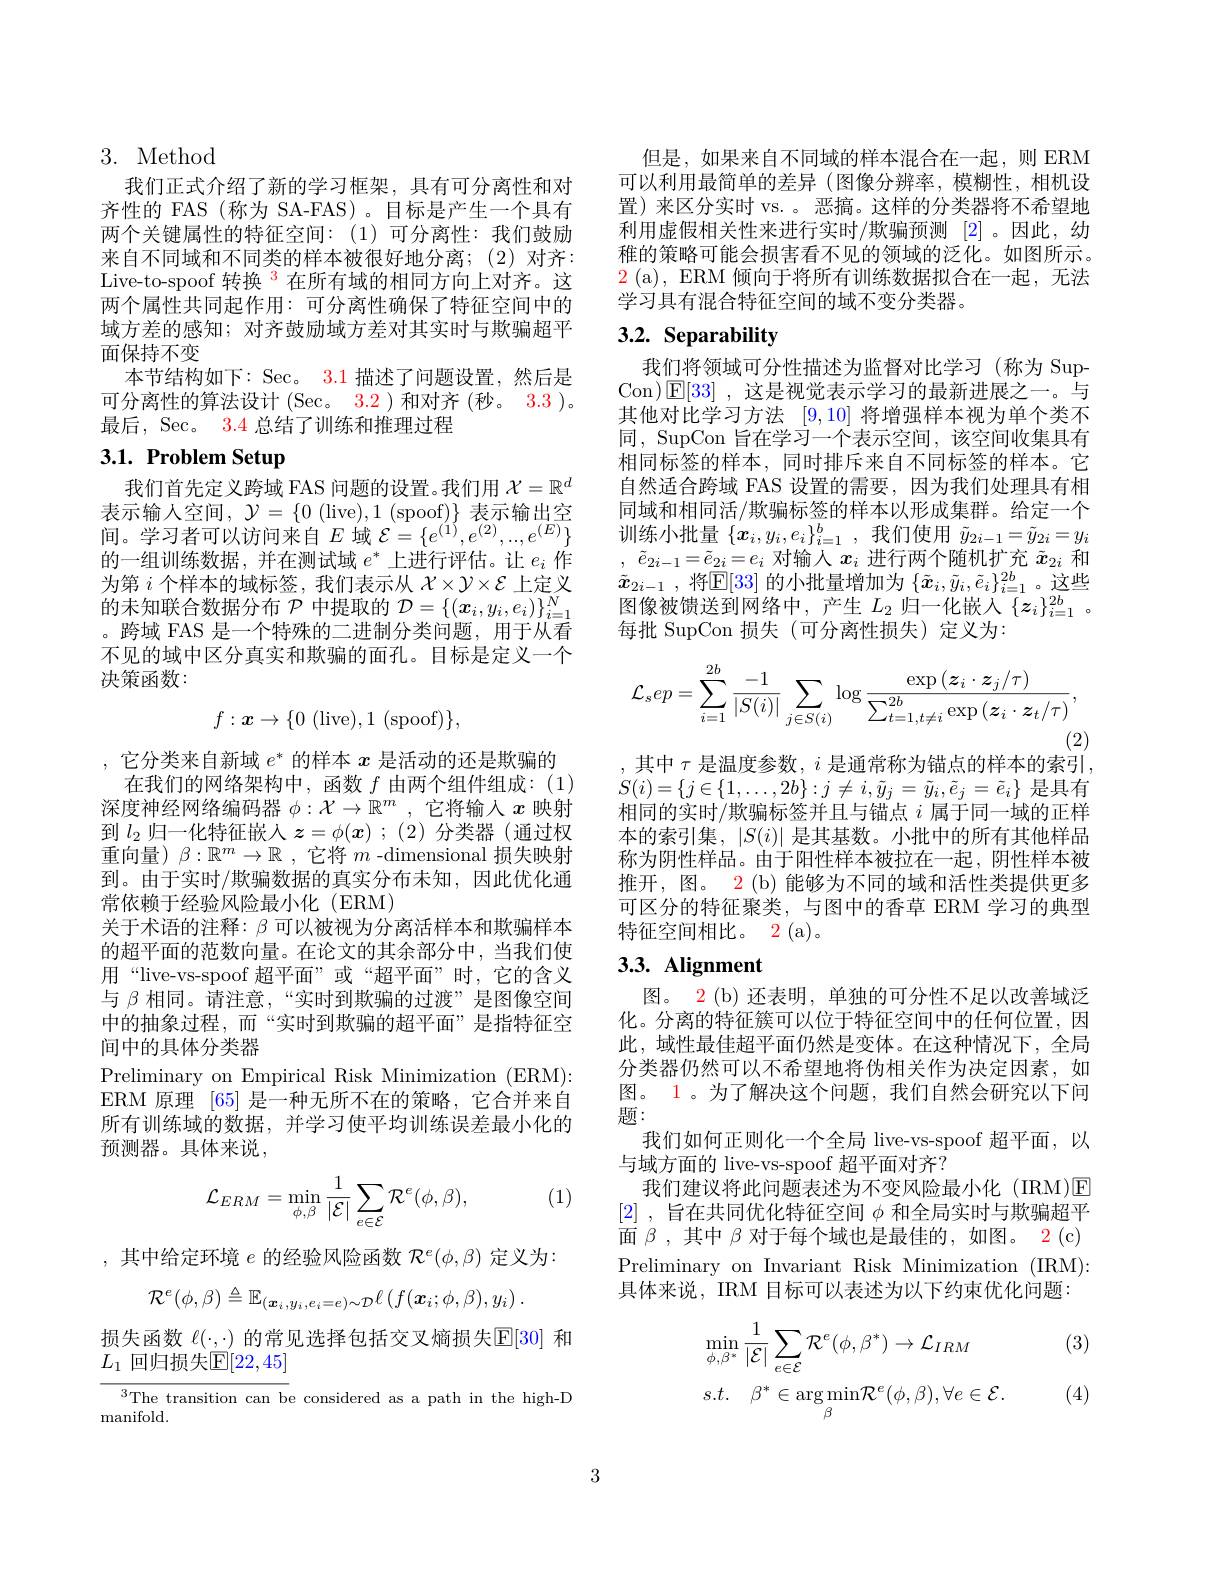
## 3. Method

我们正式介绍了新的学习框架，具有可分离性和对齐性的 FAS (称为 SA-FAS)。目标是产生一个具有两个关键属性的特征空间：(1)可分离性：我们鼓励来自不同域和不同类的样本被很好地分离；(2)对齐： Live-to-spoof 转换$^{3}$在所有域的相同方向上对齐。这两个属性共同起作用：可分离性确保了特征空间中的域方差的感知；对齐鼓励域方差对其实时与欺骗超平面保持不变
本节结构如下：Sec。3.1 描述了问题设置，然后是可分离性的算法设计 (Sec。3.2 ) 和对齐 (秒。3.3 )。最后，$\sec$。3.4总结了训练和推理过程

# 3.1. Problem Setup

我们首先定义跨域 FAS 问题的设置。我们用$\mathcal{X}=\mathbb{R}^d$ 表示输人空间，$\mathcal{Y}=\{0$ (live),1 (spoof)$\}$表示输出空间。学习者可以访问来自$E$域$\mathcal{E}=\{e^(1),e^{(2)},...,e^{(E)}\}$ 的一组训练数据，并在测试域$e^*$上进行评估。让$e_i$作为第$i$个样本的域标签，我们表示从$\mathcal{X}\times\mathcal{Y}\times\mathcal{E}$上定义的末知联合数据分布$\mathcal{P}$中提取的$\mathcal{D}=\{(\boldsymbol x_i,y_i,e_i)\}_{i=1}^N$ 。跨域 FAS 是一个特殊的二进制分类问题，用于从看不见的域中区分真实和欺骗的面孔。目标是定义一个决策函数：
$$f:\boldsymbol{x}\to\{0\:(\mathrm{live}),1\:(\mathrm{spoof})\},$$
,它分类来自新域$e^*$的样本$x$是活动的还是欺骗的
在我们的网络架构中，函数$f$由两个组件组成：(1) 深度神经网络编码器$\phi:\mathcal{X}\to\mathbb{R}^m$ ,它将输入$x$映射到$l_2$归一化特征嵌人 $z=\phi(\boldsymbol{x});(2)$ 分类器(通过权重向量) $\beta:\mathbb{R}^m\to\mathbb{R}$ ,它将$m$ -dimensional 损失映射到。由于实时/欺骗数据的真实分布未知，因此优化通常依赖于经验风险最小化(ERM)
关于术语的注释：$\beta$可以被视为分离活样本和欺骗样本的超平面的范数向量。在论文的其余部分中，当我们使用“live-vs-spoof 超平面”或“超平面”时，它的含义与$\beta$相同。请注意，“实时到欺骗的过渡”是图像空间中的抽象过程，而“实时到欺骗的超平面”是指特征空间中的具体分类器
Preliminary on Empirical Risk Minimization (ERM): ERM 原理 [65] 是一种无所不在的策略，它合并来自所有训练域的数据，并学习使平均训练误差最小化的预测器。具体来说，

(1)
$$\mathcal{L}_{ERM}=\min_{\phi,\beta}\frac{1}{|\mathcal{E}|}\sum_{e\in\mathcal{E}}\mathcal{R}^{e}(\phi,\beta),$$
,其中给定环境$e$的经验风险函数$\mathcal{R}^e(\phi,\beta)$定义为：
$$\mathcal{R}^{e}(\phi,\beta)\triangleq\mathbb{E}_{(\boldsymbol{x}_{i},y_{i},e_{i}=e)\sim\mathcal{D}}\ell\left(f(\boldsymbol{x}_{i};\phi,\beta),y_{i}\right).$$
损失函数$\ell(\cdot,\cdot)$的常见选择包括交叉熵损失$\mathbb{E}[30]$和
$L_1$ 回归损失$\mathbb{E}[22,45]$

${^3\text{The transition can b}}$e considered as a path in the high-D
manifold.

但是，如果来自不同域的样本混合在一起，则 ERM 可以利用最简单的差异 (图像分辨率，模糊性，相机设置)来区分实时 vs. 。恶搞。这样的分类器将不希望地利用虚假相关性来进行实时/欺骗预测[2] 。因此，幼稚的策略可能会损害看不见的领域的泛化。如图所示。$\color{red}2$ (a), ERM 倾向于将所有训练数据拟合在一起，无法学习具有混合特征空间的域不变分类器。

# 3.2. Separability

我们将领域可分性描述为监督对比学习(称为 SupCon)$\operatorname{E}[33]~,~$这是视觉表示学习的最新进展之一。与其他对比学习方法[9,10]将增强样本视为单个类不同，SupCon 旨在学习一个表示空间，该空间收集具有相同标签的样本，同时排斥来自不同标签的样本。它自然适合跨域 FAS 设置的需要，因为我们处理具有相同域和相同活/欺骗标签的样本以形成集群。给定一个训练小批量$\{\boldsymbol x_i,y_i,e_i\}_{i=1}^b$,我们使用$\tilde{y}_{2i-1}=\tilde{y}_{2i}=y_i$ , $\tilde{e} _{2i- 1}= \tilde{e} _{2i}= e_i$对输入$x_i$进行两个随机扩充$\tilde{x}_{2i}$和$\tilde{x} _{2i- 1}$ ,将$\mathbb{E}[33]$的小批量增加为$\{\tilde{x}_i,\tilde{y}_i,\tilde{e}_i\}_{i=1}^{2b}$。这些图像被馈送到网络中，产生$L_2$归一化嵌人$\{z_i\}_i=1^{2b}$ 。每批 SupCon 损失(可分离性损失)定义为：
$$\mathcal{L}_{s}ep=\sum_{i=1}^{2b}\frac{-1}{|S(i)|}\sum_{j\in S(i)}\log\frac{\exp\left(\boldsymbol{z}_{i}\cdot\boldsymbol{z}_{j}/\tau\right)}{\sum_{t=1,t\neq i}^{2b}\exp\left(\boldsymbol{z}_{i}\cdot\boldsymbol{z}_{t}/\tau\right)},$$
(2)
, 其中 $\tau$ 是温度参数$,i$ 是通常称为锚点的样本的索引，

$S(i)=\{j\in\{1,\ldots,2b\}:j\neq i,\tilde{y}_j=\tilde{y}_i,\tilde{e}_j=\tilde{e}_i\}$是具有相同的实时/欺骗标签并且与锚点 $i$ 属于同一域的正样本的索引集，$|S(i)|$是其基数。小批中的所有其他样品称为阴性样品。由于阳性样本被拉在一起，阴性样本被推开，图。2 (b) 能够为不同的域和活性类提供更多可区分的特征聚类，与图中的香草 ERM 学习的典型特征空间相比。2(a)。

# 3.3. Alignment

图。2 (b) 还表明，单独的可分性不足以改善域泛化。分离的特征簇可以位于特征空间中的任何位置，因此，域性最佳超平面仍然是变体。在这种情况下，全局分类器仍然可以不希望地将伪相关作为决定因素，如图。1。为了解决这个问题，我们自然会研究以下间题：
我们如何正则化一个全局 live-vs-spoof 超平面，以
与域方面的 live-vs-spoof 超平面对齐？
我们建议将此问题表述为不变风险最小化 (IRM)E [2] ,旨在共同优化特征空间$\phi$和全局实时与欺骗超平面$\beta$,其中$\beta$对于每个域也是最佳的，如图。$\color{red}{2}(\mathfrak{c})$ Preliminary on Invariant Risk Minimization (IRM): 具体来说，IRM 目标可以表述为以下约束优化问题：

(3)
$$\begin{aligned}&\operatorname*{min}_{\phi,\beta^{*}}\frac{1}{|\mathcal{E}|}\sum_{e\in\mathcal{E}}\mathcal{R}^{e}(\phi,\beta^{*})\to\mathcal{L}_{IRM}\\&s.t.\quad\beta^{*}\in\arg\min_{\beta}\mathcal{R}^{e}(\phi,\beta),\forall e\in\mathcal{E}.\end{aligned}$$
 (4)

3